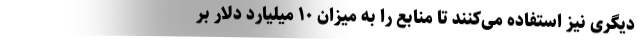
دیگری نیز استفاده می‌کنند تا منابع را به میزان ۱۰ میلیارد دلار بر